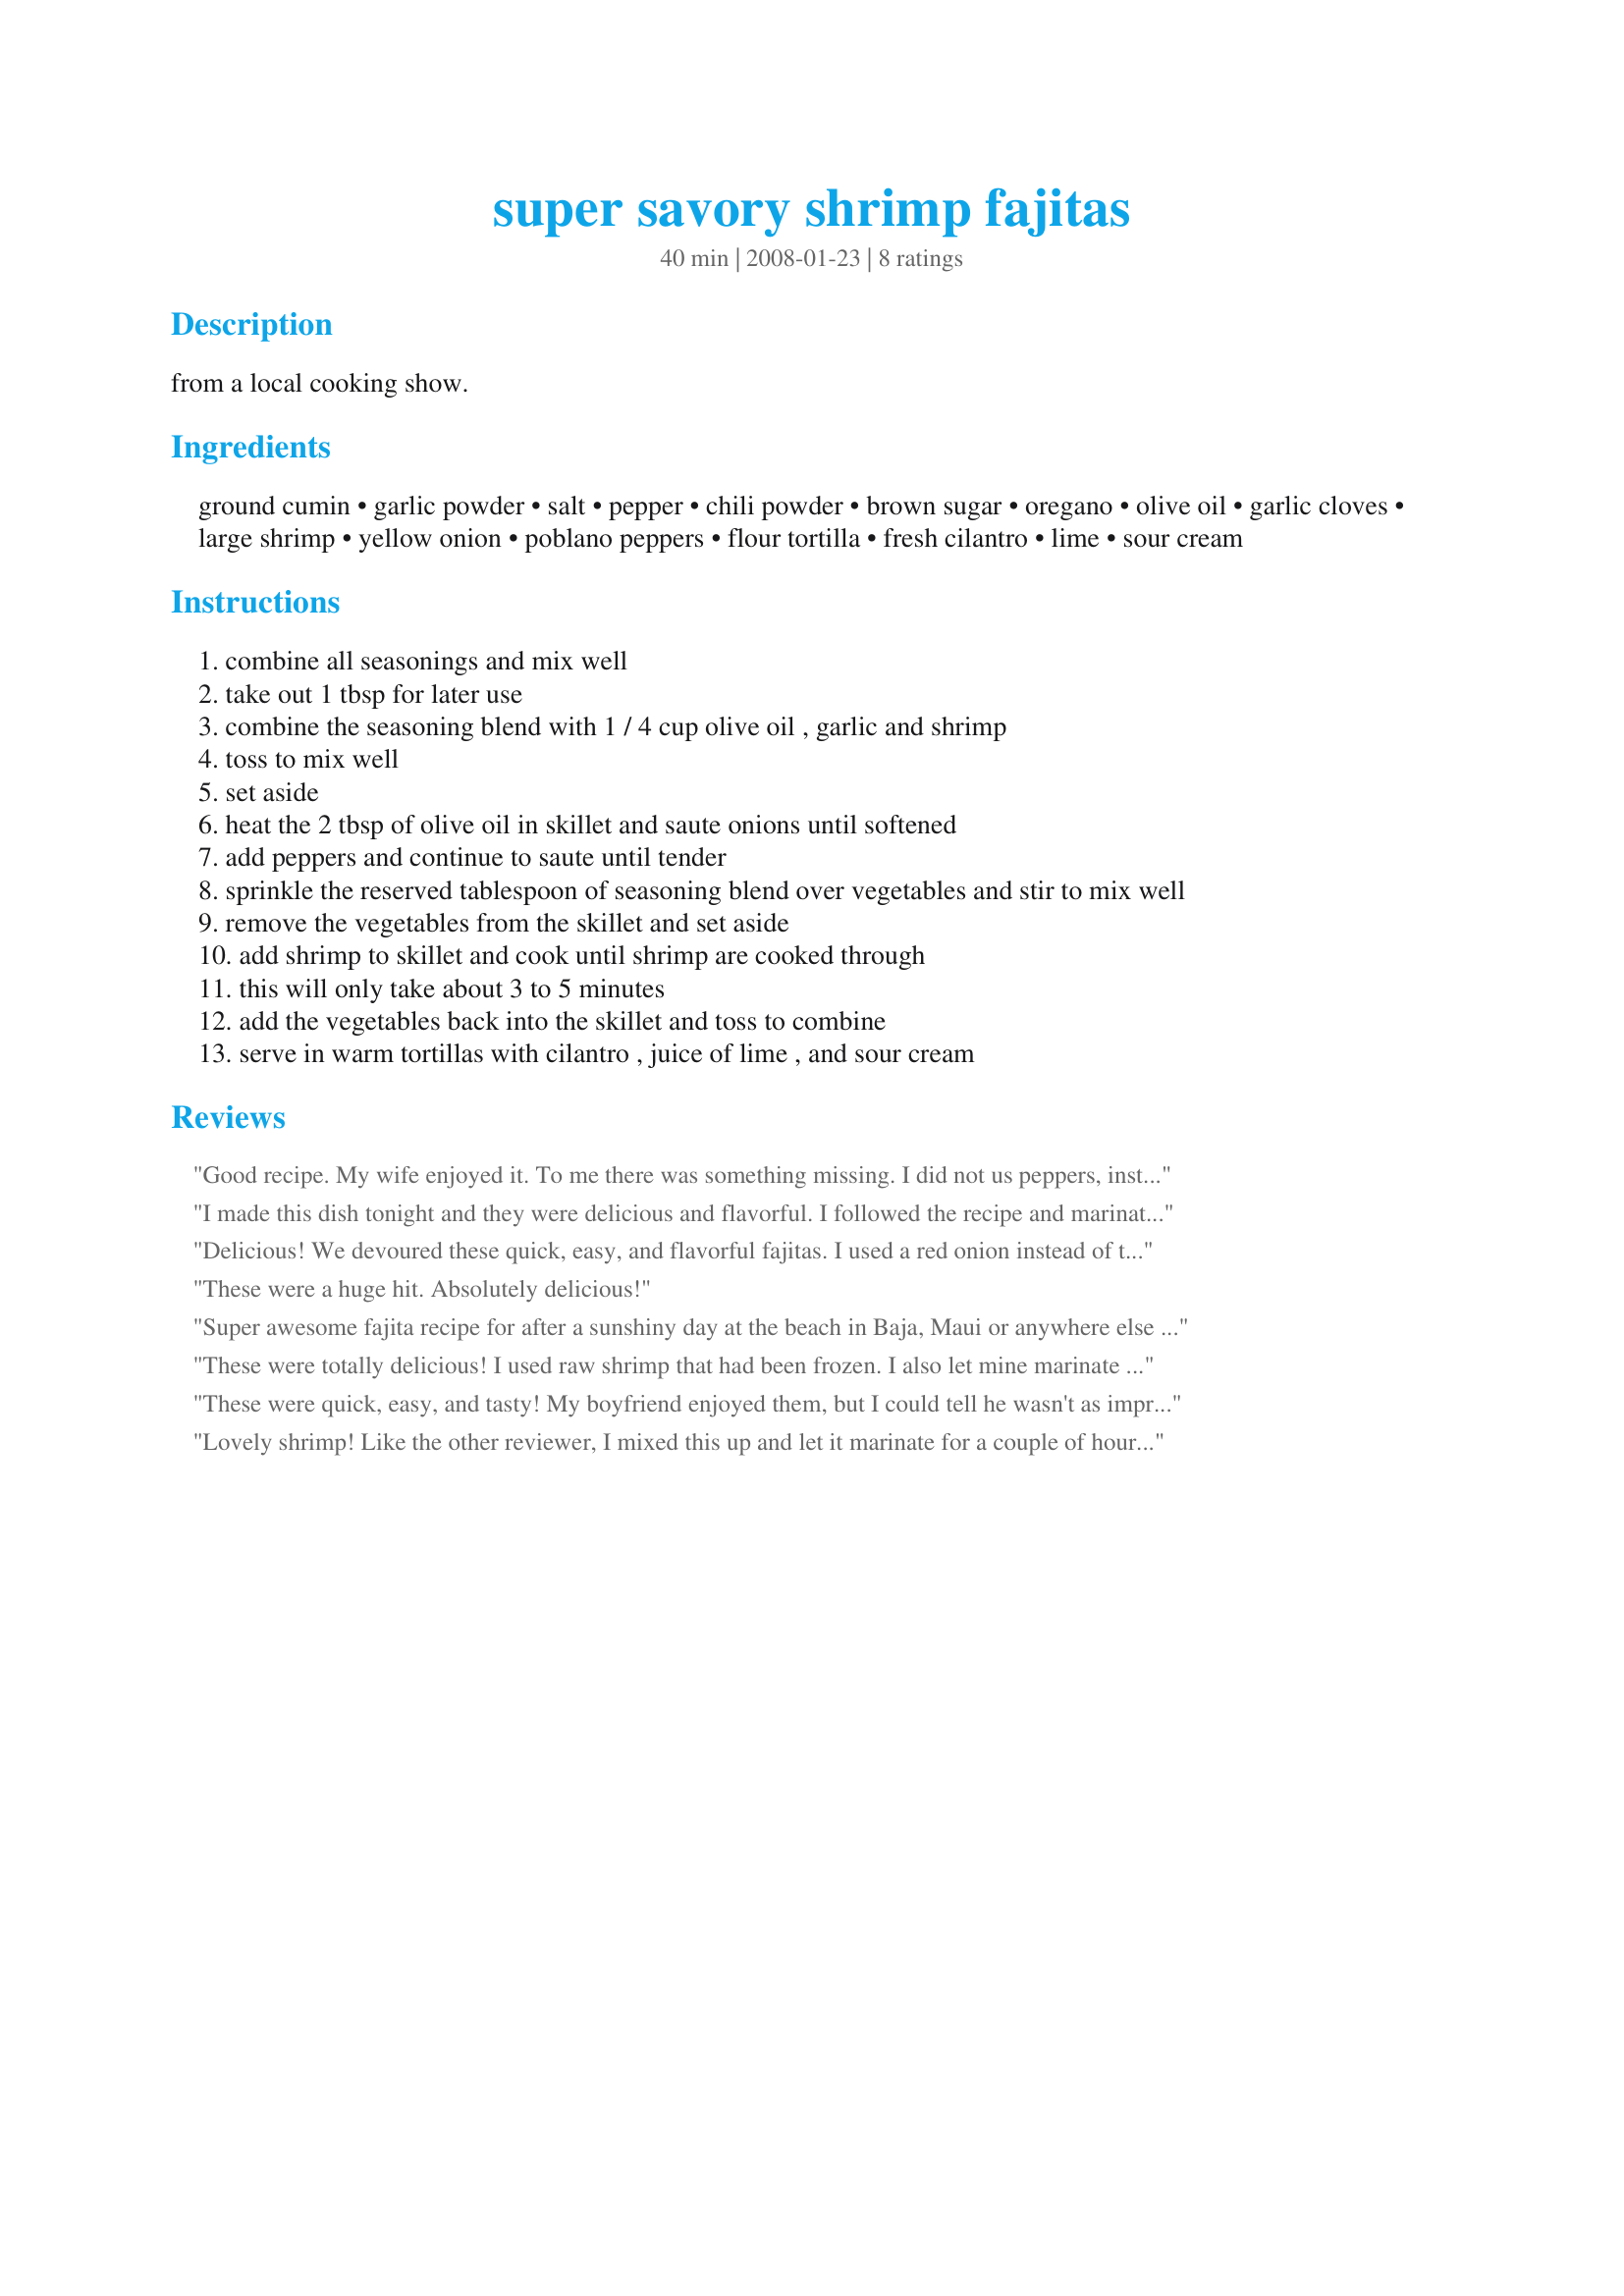
super savory shrimp fajitas
Preparation time: 40 minutes

from a local cooking show.

Ingredients:
ground cumin, garlic powder, salt, pepper, chili powder, brown sugar, oregano, olive oil, garlic cloves, large shrimp, yellow onion, poblano peppers, flour tortilla, fresh cilantro, lime, sour cream

Steps:
combine all seasonings and mix well
take out 1 tbsp for later use
combine the seasoning blend with 1 / 4 cup olive oil , garlic and shrimp
toss to mix well
set aside
heat the 2 tbsp of olive oil in skillet and saute onions until softened
add peppers and continue to saute until tender
sprinkle the reserved tablespoon of seasoning blend over vegetables and stir to mix well
remove the vegetables from the skillet and set aside
add shrimp to skillet and cook until shrimp are cooked through
this will only take about 3 to 5 minutes
add the vegetables back into the skillet and toss to combine
serve in warm tortillas with cilantro , juice of lime , and sour cream

Reviews:
Good recipe. My wife enjoyed it. To me there was something missing. I did not us peppers, instead I put mushrooms in and I also mixed in crab with the shrimp. Served with refried beans and spanish rice as well. Put it all in a high fiber tortilla with some lettuce and cheese and they were filling. I will continue to use this recipe and alter it until I figure out what is missing.
I made this dish tonight and they were delicious and flavorful. I followed the recipe and marinated the shrimp for 2 hours. I honestly didn't expect them to be as good as they were and will definately make these again soon. Reminds me of Chevy's Shrimp Fajitas which is a good thing because I love they're shrimp fajitas so thank you for posting this recipe it exceeded my expectations.
Delicious! We devoured these quick, easy, and flavorful fajitas. I used a red onion instead of the yellow, and 1 green and 1 red bell pepper instead of the poblanos. Also, I marinated the shrimp for 2 hours. After adding the vegetables back into the shrimp, I squeezed 1 lime over all, added the cilantro, and stirred. I served these with sour cream and my recipe #142062. My family gave these fajitas 2-thumbs up!! Thank you for sharing this fantastic recipe Sherrybeth...it is definitely a keeper.
*Made for 2008 Football Pool*
These were a huge hit. Absolutely delicious!
Super awesome fajita recipe for after a sunshiny day at the beach in Baja, Maui or anywhere else that puts you in a tropical mood!
I grilled all my peppers, onions and shrimp in a grill basket. Mild fish soaked in the marinade was killer, too.
Out of this world with pico de gallo salsa and some spicy mango salsa
(I made both 'cause the marinade inspired me to!)
These were totally delicious! I used raw shrimp that had been frozen. I also let mine marinate for a couple of hours in the fridge. It was very easy and everyone enjoyed it. Don't let the long list of ingredients deter you from trying this wonderful dish! Thanks for posting.
These were quick, easy, and tasty! My boyfriend enjoyed them, but I could tell he wasn't as impressed as I had hoped...
Lovely shrimp! Like the other reviewer, I mixed this up and let it marinate for a couple of hours in the fridge before cooking it up. Full of flavor. Thanks for posting!
